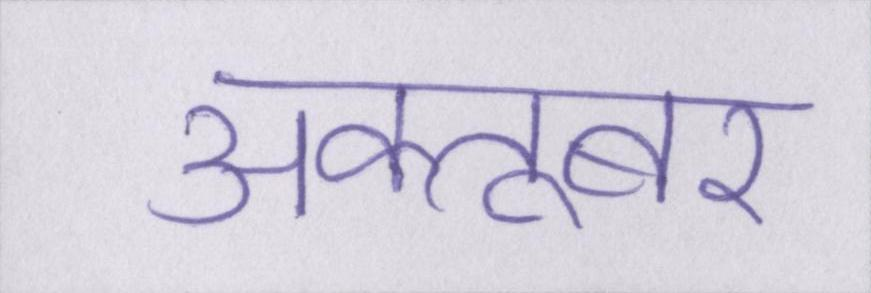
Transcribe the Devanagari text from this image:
अक्तूबर